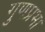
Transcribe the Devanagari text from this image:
गुणप्रभा